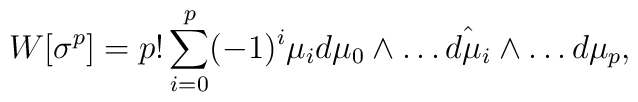
W[\sigma^p]=p!\sum^p_{i=0}(-1)^i\mu_i d\mu_0\wedge\dots\hat{d\mu_i}\wedge\dots d\mu_p,